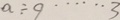
a \div 9 \cdots 3